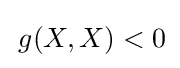
\,g(X,X)<0